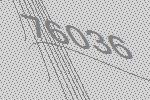
76036